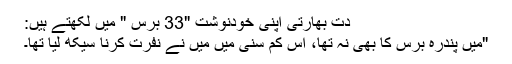
دت بھارتی اپنی خودنوشت "33 برس " میں لکھتے ہیں:
"میں پندرہ برس کا بھی نہ تھا، اس کم سنی میں میں نے نفرت کرنا سیکھ لیا تھا۔